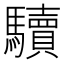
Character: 𩧈